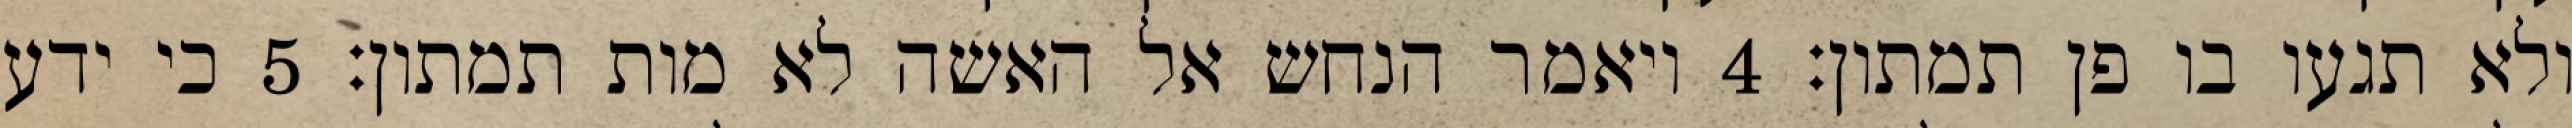
ולא תגעו בו פן תמתון׃ ‎4‏ ויאמר הנחש אל האשה לא מות תמתון׃ ‎5‏ כי ידע